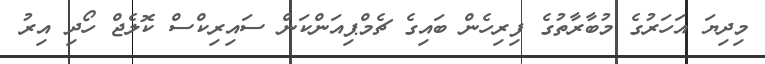
މިދިޔަ އަހަރުގެ މުބާރާތުގެ ފިރިހެން ބައިގެ ޗެމްޕިއަންކަން ސައިރިކްސް ކޮލެޖް ހޯދި އިރު